Lock hospitals Punjab
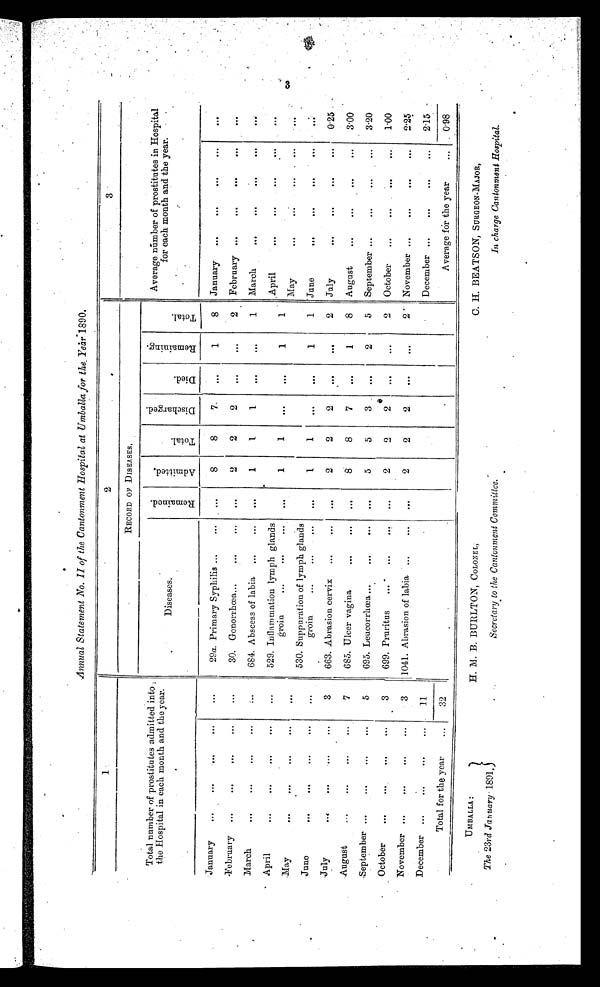
Annual Statement No. II of the Cantonment Hospital at Umballa for the Year 1890.
1
2
3
Total number of prostitutes admitted into
the Hospital in each month and the year.
RECORD OF DISEASES,
Average number of prostitutes in
H o s p i t a l f o r e a c h m o n t h a n d t h e y e a r.
Diseases.
R e m a i n e d .
A d m i t t e d .
T o t a l .
D i s c h a r g e d .
D i e d .
R e m a i n i n g .
T o t a l .
January
. . .
. . .
. . .
. . .
. . .
29a. Primary Syphilis ...
. . .
8
8
7
. . .
1
8
January
...
. . .
. . .
...
. . .
February
...
. . .
. . .
...
...
30. Gonorrhœa...
...
...
...
2
2
2
. . .
. . .
February ...
. . .
. . .
. . .
. . .
March
. . .
. . .
...
. . .
684. Abscess of labia
...
...
. . .
1
1
1
...
. . .
1
March
. . .
. . .
. . .
. . .
. . .
April
. . .
. . .
. . .
. . .
. . .
529. Inflammation lymph glands
groin
...
...
...
...
1
1
...
. . .
1
1
.April
...
. . .
...
May
...
...
. . .
. . .
. . .
May
...
. . .
June
. . .
. . .
. . .
. . .
. . .
530. Suppuration of lymph glands
g r o i n .
. . . . . . . . .
. . .
1
1
. . .
. . .
1
1
June
. . .
. . .
. . .
. . .
.
. . .
July
. . .
. . .
. . .
...
3
663. Abrasion cervix
...
. . .
. . .
2
2
2
. . .
. . .
2
July
...
. . .
...
...
0.25
August
. . .
. . .
. . .
. . .
7
685. Ulcer vagina
...
. . .
. . .
8
8
7
8
August
. . .
. . .
. . .
...
3.00
September ...
...
. . .
. . .
5
695. Leucorrhœa ...
. . .
. . .
. . .
5
5
3
. . .
2
5
September ...
. . .
. . .
3.20
Octobe
. . .
...
. . .
3
699. Pruritus
. . .
. . .
. . .
2
2
2
. . .
...
2
October
...
. . .
. . .
...
1.00
November ...
. . .
. . .
. . .
3
1041. Abrasion of labia
. . .
. . .
. . .
2
2
2
. . .
. . .
2
November ...
. . .
. . .
. . .
2.2 5
December
. . .
...
. . .
. . .
11
..
December ...
. . .
...
. . .
-
2.15
Total for the year
. . .
32
Average for the year
...
0.98
3
.
UMBALLA :
The 23rd January 1891.
H. M. B. BURLTON, COLONEL,
Secretary to the Cantonment Committee.
C. H. BEATSON, SURGEON-MAJOR,
In charge Cantonment Hospital.